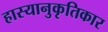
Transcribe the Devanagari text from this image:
हास्यानुकृतिकार